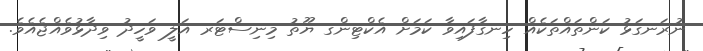
ނުރަނގަޅު ކަންތައްތަކެއް ހިނގާފައިވާ ކަމަށް އެކްޓިންގ ޔޫތު މިނިސްޓަރ އަލީ ވަހީދު ވިދާޅުވެއްޖެއެވެ.